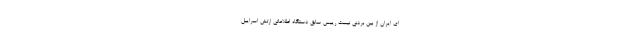
ای ایران از بین بردنی نیست رییس سابق دستگاه اطلاعاتی ارتش اسراییل